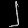
Digit: ၂